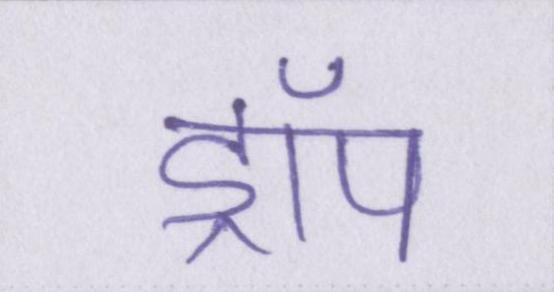
ड्रॉप